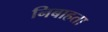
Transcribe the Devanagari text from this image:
निबाहता